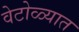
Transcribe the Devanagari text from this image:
वेटोळ्यात